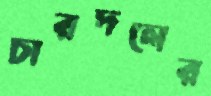
চারদলের